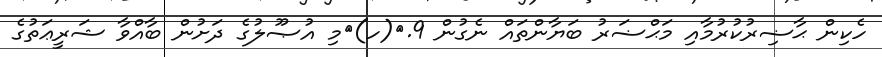
ހެކިން ޙާޟިރުކުރުމާއި މަޙްޟަރު ބަޔާންތައް ނެގުން 9.	(ހ)	މި އުޞޫލުގެ ދަށުން ބާއްވާ ޝަރީޢަތުގެ